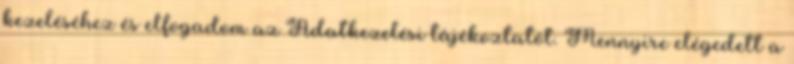
kezeléséhez és elfogadom az Adatkezelési tájékoztatót. Mennyire elégedett a